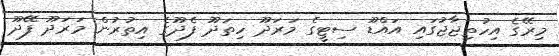
މިރޭގެ އިހުތިޖާޖުގައި އައްޑޫ ސިޓީގެ މަރަދޫ ހިތަދޫ ފެދޫގެ އިތުރުން މަރަދޫ ފޭދޫ